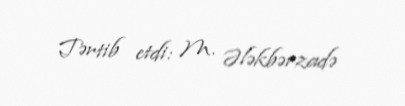
Tərtib etdi: M. Ələkbərzadə